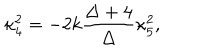
\kappa _ { 4 } ^ { 2 } = - 2 k \frac { \Delta + 4 } { \Delta } \kappa _ { 5 } ^ { 2 } ,